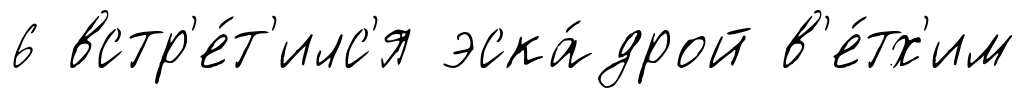
6 встр'е́т'илс'я эска́дрой в'е́тх'им